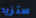
ستزيد